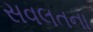
સવલતના